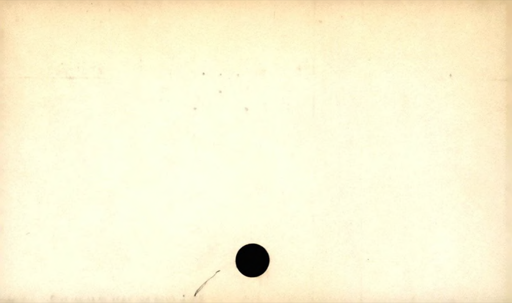
Label: blank